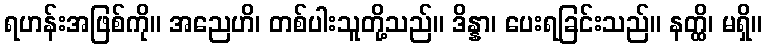
ရဟန်းအဖြစ်ကို။ အညေဟိ၊ တစ်ပါးသူတို့သည်။ ဒိန္နာ၊ ပေးရခြင်းသည်။ နတ္ထိ၊ မရှိ။